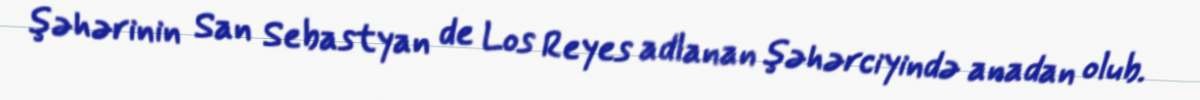
şəhərinin San Sebastyan de Los Reyes adlanan şəhərciyində anadan olub.